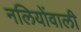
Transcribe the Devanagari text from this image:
नलियोंवाली